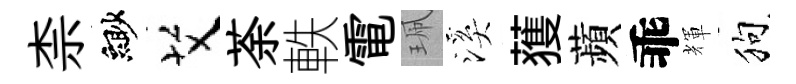
柰緲艾荼軼電珮溪𫉬蘋乖輝狗